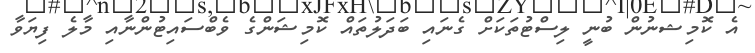
އެ ކޮމިޝނުން ބުނީ ލިސްޓުތަކަށް ގެނައި ބަދަލުތައް ކޮމިޝަންގެ ވެބްސައިޓުންނާއި މާލެ ފިޔަވާ